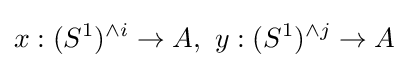
x:(S^{1})^{\wedge i}\to A,\,\,y:(S^{1})^{\wedge j}\to A